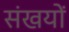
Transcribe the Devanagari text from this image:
संखयों